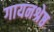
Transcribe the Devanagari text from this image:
गायनश्रेष्ठ